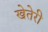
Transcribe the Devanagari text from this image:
खेतेरी